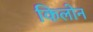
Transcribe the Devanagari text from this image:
किलोन